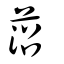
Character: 菬